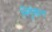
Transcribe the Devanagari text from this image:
निर्गुणान